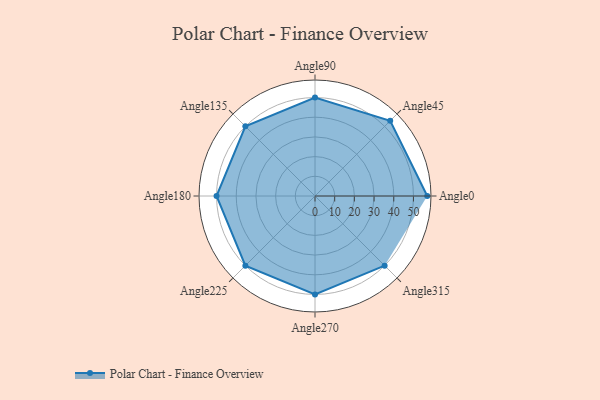
{"axis": {"x": "Angle", "y": "Radius"}, "legend": [""], "data": [{"x": "Angle0", "y": 57.0, "type": ""}, {"x": "Angle45", "y": 54.0, "type": ""}, {"x": "Angle90", "y": 50, "type": ""}, {"x": "Angle135", "y": 50, "type": ""}, {"x": "Angle180", "y": 50, "type": ""}, {"x": "Angle225", "y": 50, "type": ""}, {"x": "Angle270", "y": 50, "type": ""}, {"x": "Angle315", "y": 50.0, "type": ""}]}